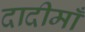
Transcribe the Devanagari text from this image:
दादीमाँ